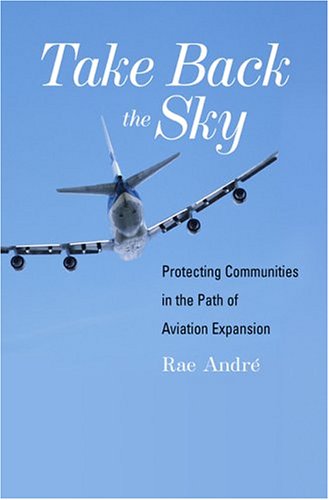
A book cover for Take Back the Sky: Protecting Communities in the Path of Aviation Expansion; Rae Andre; Engineering & Transportation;